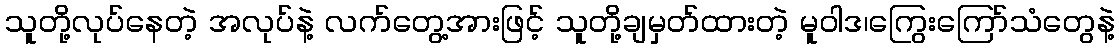
သူတို့လုပ်နေတဲ့ အလုပ်နဲ့ လက်တွေ့အားဖြင့် သူတို့ချမှတ်ထားတဲ့ မူဝါဒ၊ကြွေးကြော်သံတွေနဲ့